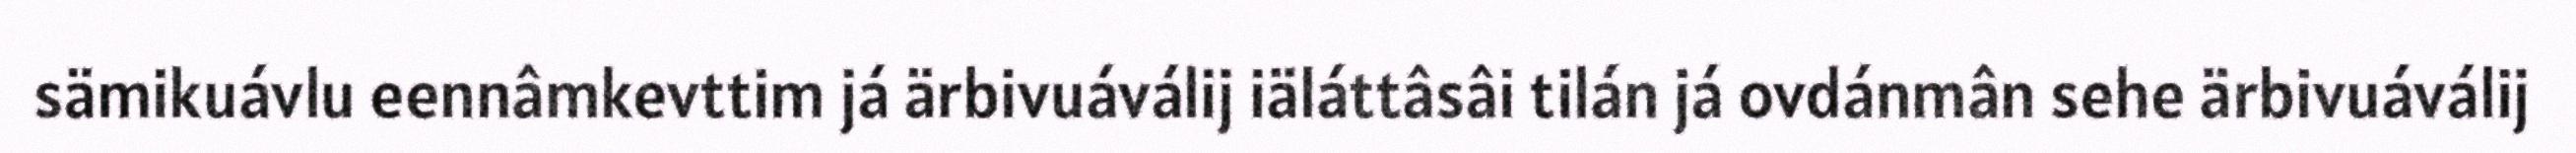
sämikuávlu eennâmkevttim já ärbivuáválij iäláttâsâi tilán já ovdánmân sehe ärbivuáválij